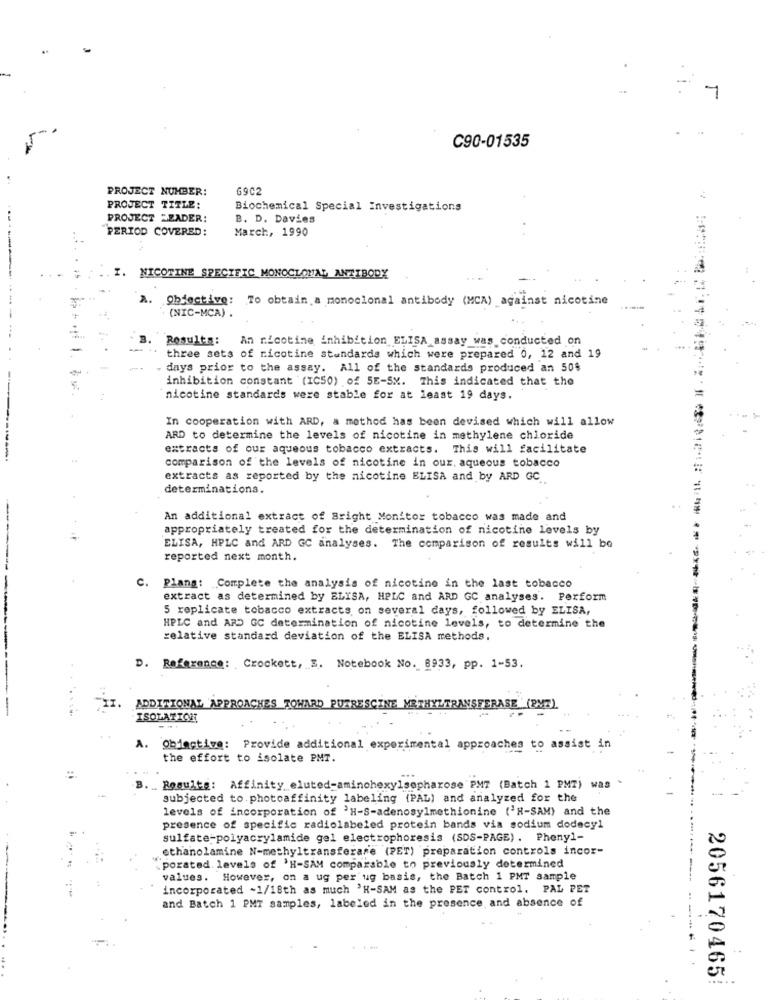
1
C90-01535
PROJECT NUMBER:
6902
PROJECT TITLE:
Biochemical Special Investigations
PROJECT LEADER:
B. D. Davies
PERIOD COVERED:
March, 1990
I. NICOTINE SPECIFIC MONOCLONAL ANTIBODY
A.
Objective: To obtain.a monoclonal antibody (MCA) against nicotine
(NIC-MCA) .
Results:
An nicotine inhibition ELISA assay was conducted on
. ..
three sets of nicotine standards which were prepared 0, 12 and 19
days prior to the assay. All of the standards produced an 50$
inhibition constant (IC50) of 5E-5X. This indicated that the
nicotine standards were stable for at least 19 days.
In cooperation with ARD, a method has been devised which will allow
ARD to determine the levels of nicotine in methylene chloride
extracts of our aqueous tobacco extracts. This will facilitate
comparison of the levels of nicotine in our, aqueous tobacco
extracts as reported by the nicotine ELISA and by ARD GC
determinationa.
An additional extract of Bright Monitor tobacco was made and
appropriately treated for the determination of nicotine levels by
ELISA, HPLC and ARD GC analyses. The comparison of results will be
reported next month.
. Plang: Complete the analysis of nicotine in the last tobacco
extract as determined by ELISA, HPLC and ARD GC analyses. Perform
5 replicate tobacco extracts on several days, followed by ELISA,
HPLC and ARD GC determination of nicotine levels, to determine the
relative standard deviation of the ELISA methods.
D. Reference: Crockett, S. Notebook No. 8933, pp. 1-53.
ADDITIONAL APPROACHES TOWARD PUTRESCINE METHYLTRANSFERASE (BMZ)
ISOLATION
A. Objective: Provide additional experimental approaches
to assist in
the effort to isolate PMT.
B. _ Results: Affinity eluted-aminohexylsepharose PM7 (Batch 1 PMT) was
subjected to. photoaffinity labeling (PAL) and analyzed for the
levels of incorporation of 'H-S-adenosylmethionine ('H-SAM) and the
presence of specific radiolabeled protein bands via sodium dodecyl
sulfate-polyacrylamide gel electrophoresis (SDS-PAGE) . Phenyl-
ethanolamine N-methyltransferare (PET) preparation controls incor-
.porated. levels of 'H-SAM comparable to previously determined
values. However, on a ug per ug basis, the Batch 1 PMT sample
incorporated -1/18th as much 'H-SAM as the PET control, PAL PET
and Batch 1 PMT samples, labeled in the presence and absence of
..
2056170465